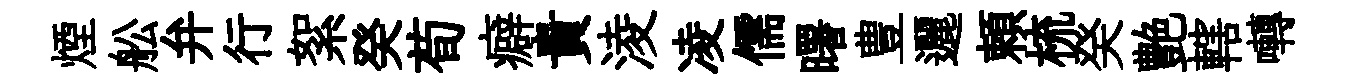
煙舩弁行絮癸荀癖貴淩凌儒曙豊邐頼梳癸艶轄囀